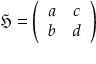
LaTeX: { \mathfrak { H } } = { \left( \begin{array} { l l } { a } & { c } \\ { b } & { d } \end{array} \right) }